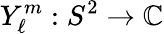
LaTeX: Y_{\ell}^{m}:S^{2}\to\mathbb{C}